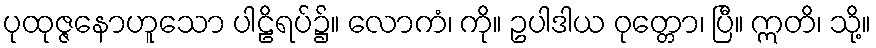
ပုထုဇ္ဇနောဟူသော ပါဠိရပ်၌။ လောကံ၊ ကို။ ဥပါဒါယ ဝုတ္တော၊ ပြီ။ ဣတိ၊ သို့။